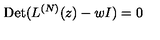
\mathrm { D e t } ( L ^ { ( N ) } ( z ) - w I ) = 0